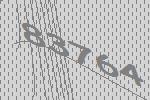
83764